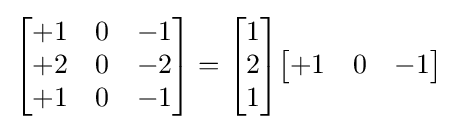
{\begin{bmatrix}+1&0&-1\\+2&0&-2\\+1&0&-1\end{bmatrix}}={\begin{bmatrix}1\\2\\1\end{bmatrix}}{\begin{bmatrix}+1&0&-1\end{bmatrix}}